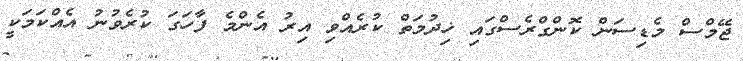
ޖޭމްސް މެޑިސަން ކޮންގްރެސްގައި ޚިދުމަތް ކުރެއްވި އިރު އެންމެ ފާހަގަ ކުރެވުނު އެއްކަމަކީ